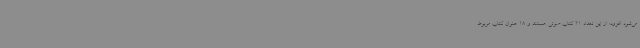
می‌شود افزود: از این تعداد 21 کتاب صوتی هستند و 18 عنوان کتاب مربوط